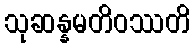
သုဆန္နမတိဝဿတိ